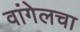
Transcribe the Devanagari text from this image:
वांगेलचा